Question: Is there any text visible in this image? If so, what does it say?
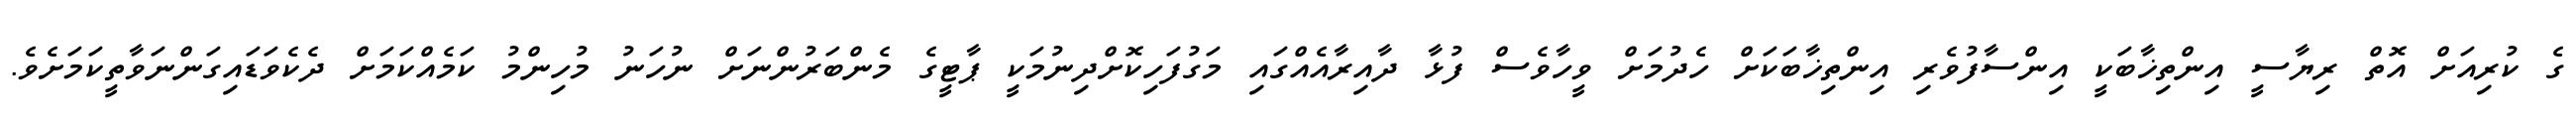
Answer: ގެ ކުރިއަށް އޮތް ރިޔާސީ އިންތިޚާބަކީ އިންސާފުވެރި އިންތިޚާބަކަށް ހެދުމަށް ވީހާވެސް ފުޅާ ދާއިރާއެއްގައި މަގުފަހިކޮށްދިނުމަކީ ޕާޓީގެ މެންބަރުންނަށް ނުހަނު މުހިންމު ކަމެއްކަމަށް ދެކެވަޑައިގަންނަވާތީކަމަށެވެ.